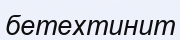
бетехтинит